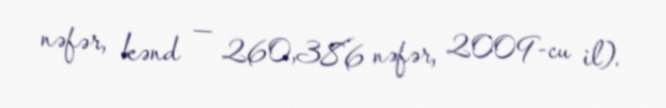
nəfər, kənd — 260,386 nəfər, 2009-cu il).